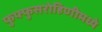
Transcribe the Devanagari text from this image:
फुफ्फुसरोहिणीमध्ये